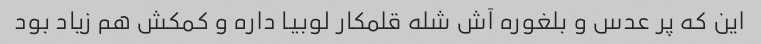
این که پر عدس و بلغوره آش شله قلمکار لوبیا داره و کمکش هم زیاد بود